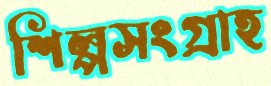
শিল্পসংগ্রাহ